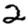
Digit: 2